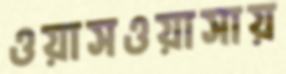
ওয়াসওয়াসায়